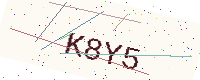
Text: K8Y5